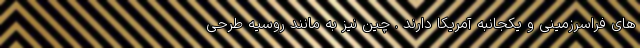
های فراسرزمینی و یکجانبه آمریکا دارند . چین نیز به مانند روسیه طرحی